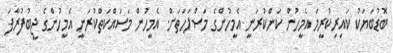
ބޮޑުބަޔަކު ކައިރިކުރީމަ އެމީހުން ކަންކުރަނީ އެމީހުންގެ މަސްލަހަތަށް. އެމީހުން މަސައްކަތްކުރަނީ އެމީހުންގެ ޖީބުފުރާފަ